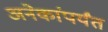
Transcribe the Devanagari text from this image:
अनेकांपर्यंत